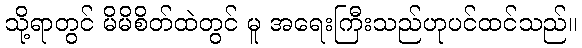
သို့ရာတွင် မိမိစိတ်ထဲတွင် မူ အရေးကြီးသည်ဟုပင်ထင်သည်။